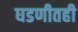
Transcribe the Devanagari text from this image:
घडणीतही